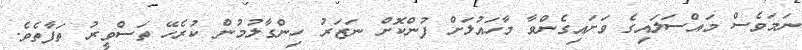
ނަމަވެސް މައްސަލައިގެ ވަށައިގެންވާ މާހައުލަށް ފުންކޮށް ނަޒަރު ހިންގާލުމުން ކުރެހޭ ތަސްވީރު ތަފާތެވެ.